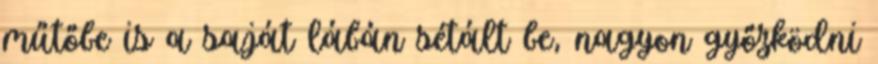
műtőbe is a saját lábán sétált be, nagyon győzködni